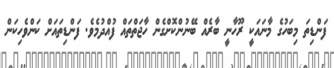
ފަންޑިތަ މިބަހުގެ މާނައަކީ ރޫހާނީ ބާރެއް ބޭނުންކޮށްގެން ހާޖަތްތައް ފުއްދުމެވެ. ފަންޑިތައަށް ކަންވެހިކަން